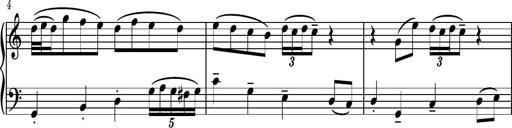
Title: Piano Sonatina No.3
Composer: Dimitri Sykias
Key: C major